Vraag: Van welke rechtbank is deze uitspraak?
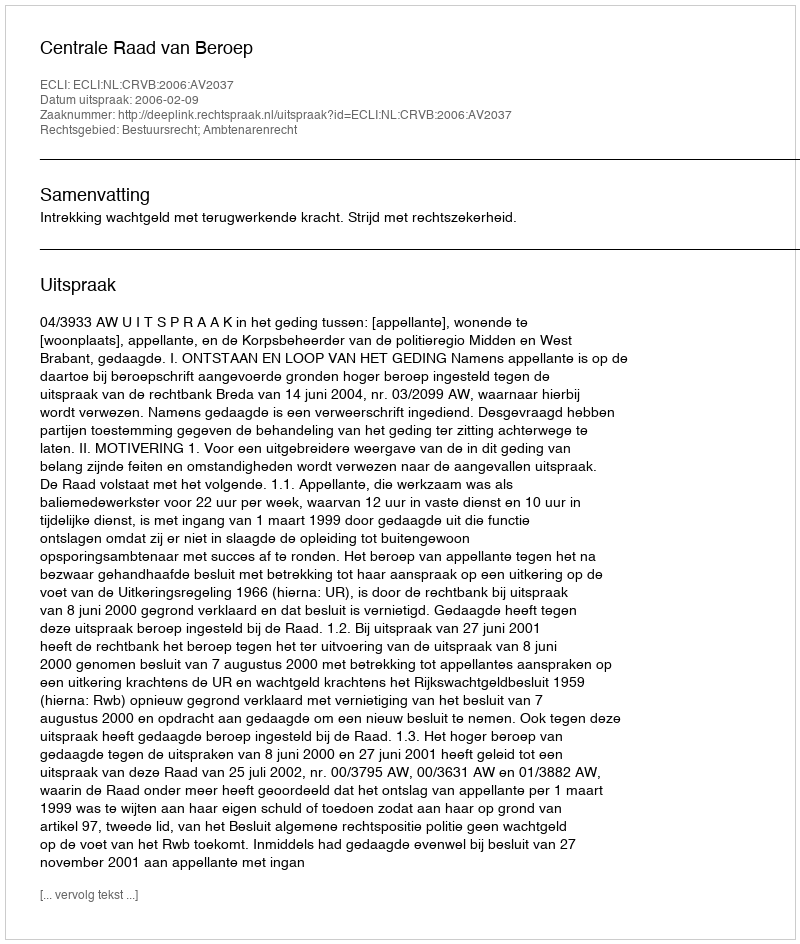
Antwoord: Centrale Raad van Beroep